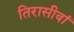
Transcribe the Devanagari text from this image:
तिरासीवां